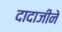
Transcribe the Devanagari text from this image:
दादाजीने